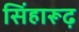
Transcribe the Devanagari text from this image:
सिंहारूढ़